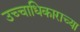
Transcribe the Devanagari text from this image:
उच्चाधिकाराच्या